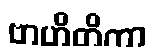
ဗာဟိတိကာ